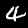
Digit: 4